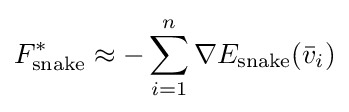
F_{\text{snake}}^{*}\approx -\sum _{i=1}^{n}\nabla E_{\text{snake}}({\bar {v}}_{i})